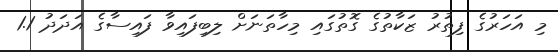
މި އަހަރުގެ ފިތުރު ޒަކާތުގެ ގޮތުގައި މިހާތަނަށް ލިބިފައިވާ ފައިސާގެ އަދަދު 1.1